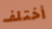
أختلف